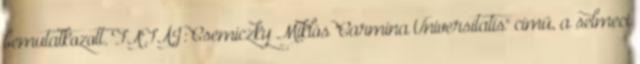
bemutatkozott. FATÁJ: Csemiczky Miklós "Carmina Universitatis" című, a selmeci